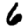
Digit: 6